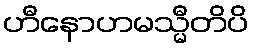
ဟီနောဟမသ္မီတိပိ